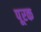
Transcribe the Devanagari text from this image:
पूऱक